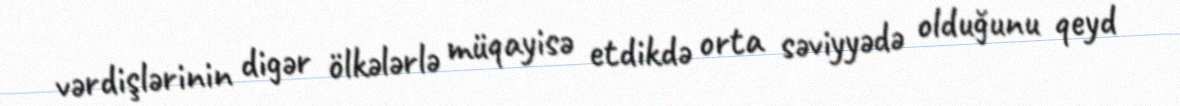
vərdişlərinin digər ölkələrlə müqayisə etdikdə orta səviyyədə olduğunu qeyd